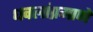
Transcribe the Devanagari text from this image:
धवलांप्रमाणे